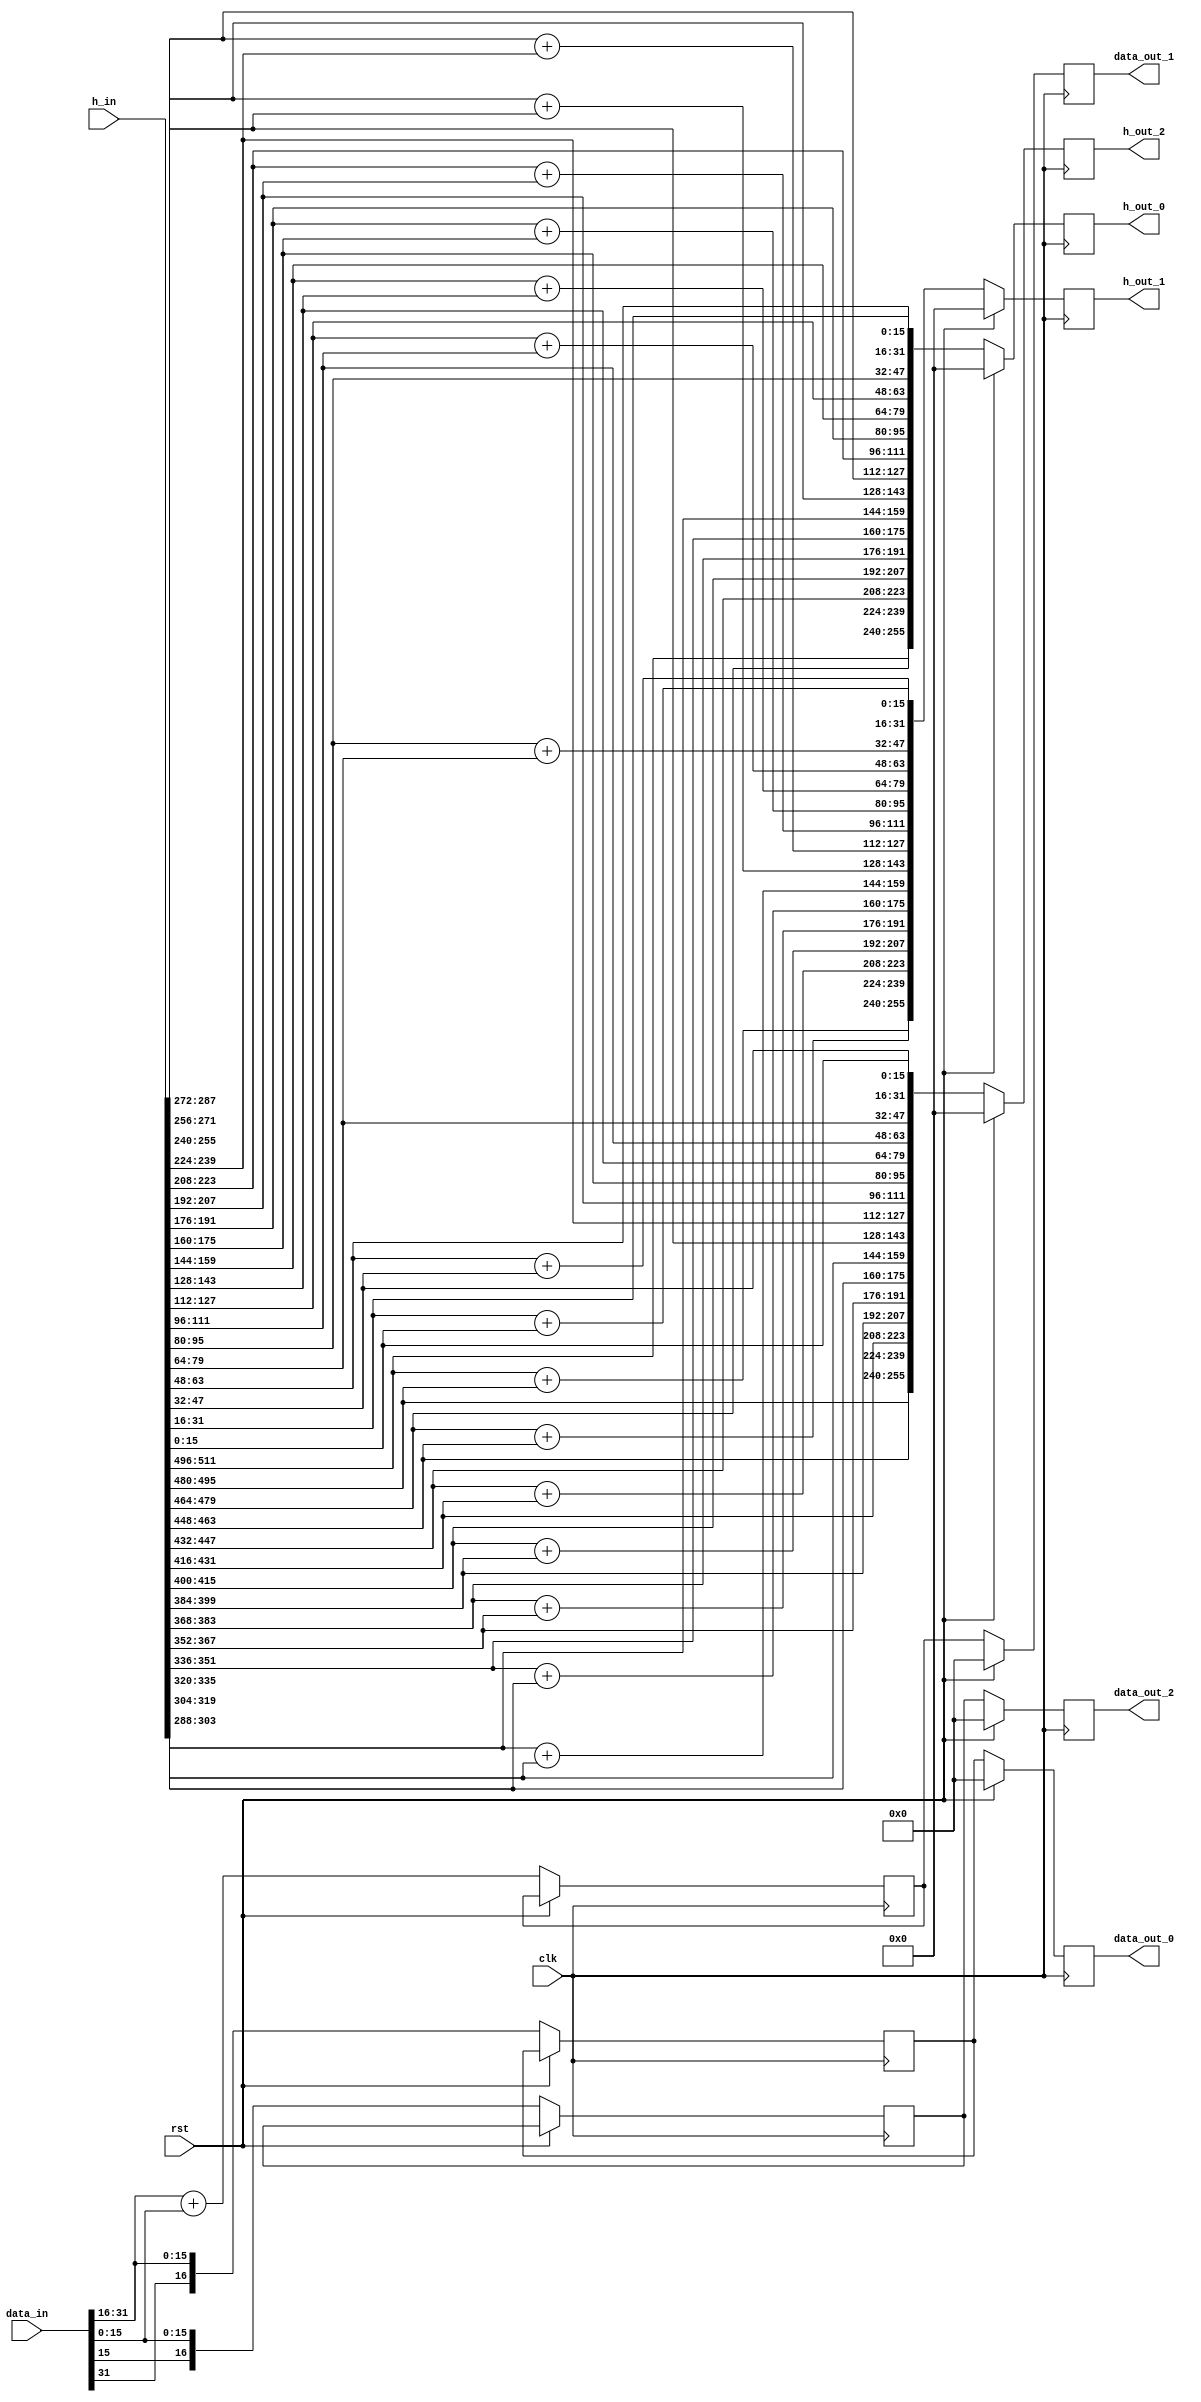
`timescale 1ns / 1ps

module preproc #(parameter NR_STAGES = 32,
                 parameter DWIDTH = 16,
                 parameter DDWIDTH = 2*DWIDTH,
                 parameter CWIDTH = NR_STAGES * DWIDTH)
       (input  clk,
        input  rst,
        input signed [0:DDWIDTH-1] data_in,
        output signed [0:DWIDTH] data_out_0,
        output signed [0:DWIDTH] data_out_1,
        output signed [0:DWIDTH] data_out_2,
        input signed [0:CWIDTH-1] h_in,
        output signed [0:((NR_STAGES/2)*DWIDTH)-1] h_out_0,
        output signed [0:((NR_STAGES/2)*DWIDTH)-1] h_out_1,
        output signed [0:((NR_STAGES/2)*DWIDTH)-1] h_out_2);

// split input
wire signed [0:DWIDTH-1] a, b;
assign {a, b} = data_in;

// buffers for output data
reg signed [0:DWIDTH] data_out_buf[0:2],
    a_buf,
    b_buf,
    ab_buf; // 16 + 1 bit for overflow with a + b

assign data_out_0 = data_out_buf[0];
assign data_out_1 = data_out_buf[1];
assign data_out_2 = data_out_buf[2];

// buffers for output coefficients
reg signed [0:((NR_STAGES/2)*DWIDTH)-1] h_out_buf[0:2];
assign h_out_0 = h_out_buf[0];
assign h_out_1 = h_out_buf[1];
assign h_out_2 = h_out_buf[2];

// split coefficients to enable realtime switching between coefficients
wire signed [0:((NR_STAGES/2)*DWIDTH)-1] h0, h1, h01;
generate
    genvar i;
for (i = 0; i < NR_STAGES/2; i = i + 1)begin : yolo_coef
    assign  h0[i*DWIDTH +: DWIDTH] = h_in[2*i*DWIDTH +: DWIDTH];
    assign  h1[i*DWIDTH +: DWIDTH] = h_in[(2*i+1)*DWIDTH +: DWIDTH];
    assign h01[i*DWIDTH +: DWIDTH] = h0[i*DWIDTH +: DWIDTH] + h1[i*DWIDTH +: DWIDTH];
end
endgenerate

    // processing loop
    always @(posedge clk) begin
        if (rst) begin
            data_out_buf[0] <= 0;
            data_out_buf[1] <= 0;
            data_out_buf[2] <= 0;
            h_out_buf[0] <= 0;
            h_out_buf[1] <= 0;
            h_out_buf[2] <= 0;
        end
        else begin
            a_buf <= a;
            b_buf <= b;
            ab_buf <= a + b;

            data_out_buf[0] <= a_buf;
            data_out_buf[1] <= ab_buf[0:DWIDTH];
            data_out_buf[2] <= b_buf;
            h_out_buf[0] <= h0;
            h_out_buf[1] <= h01;
            h_out_buf[2] <= h1;
        end
    end
    endmodule